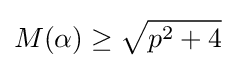
M(\alpha )\geq {\sqrt {p^{2}+4}}